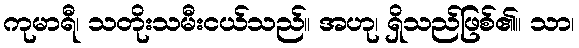
ကုမာရီ၊ သတိုးသမီးငယ်သည်။ အဟု၊ ရှိသည်ဖြစ်၏။ သာ၊